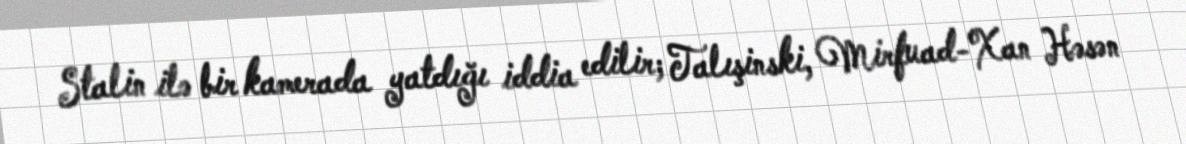
Stalin ilə bir kamerada yatdığı iddia edilir; Talışinski, Mirfuad-Xan Həsən